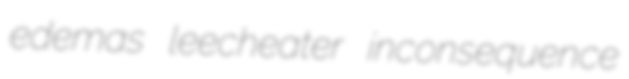
edemas leecheater inconsequence